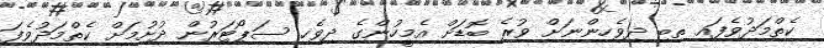
ކެތްމަދުވެފައި ތިބި ދިވެހިންނަށް ވުރެ ބޮޑަށް އެމީހުންގެ ދިވެހި ސަޕޯޓަރުން ދުށުމަށް ކެތްމަދުވެފަ